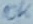
Text: 10K